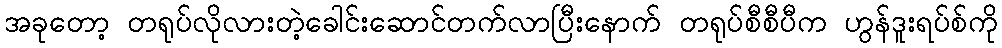
အခုတော့ တရုပ်လိုလားတဲ့ခေါင်းဆောင်တက်လာပြီးနောက် တရုပ်စီစီပီက ဟွန်ဒူးရပ်စ်ကို